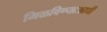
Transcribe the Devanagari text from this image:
मिळविण्याआधी